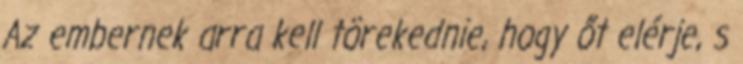
Az embernek arra kell törekednie, hogy őt elérje, s